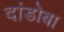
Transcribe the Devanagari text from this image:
दांडोबा